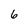
Character: 6